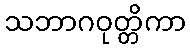
သဘာဂဝုတ္တိကာ